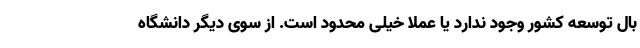
بال توسعه کشور وجود ندارد یا عملا خیلی محدود است. از سوی دیگر دانشگاه